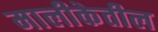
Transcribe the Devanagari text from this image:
मालीकेतील